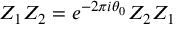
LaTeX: Z _ { 1 } Z _ { 2 } = e ^ { - 2 \pi i \theta _ { 0 } } Z _ { 2 } Z _ { 1 }